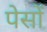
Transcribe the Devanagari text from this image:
पेसों